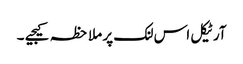
آرٹیکل اس لنک پر ملاحظہ کیجیے ۔